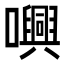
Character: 𡃳